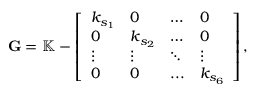
\mathbf { G } = \mathbb { K } - \left[ \begin{array} { l l l l } { k _ { s _ { 1 } } } & { 0 } & { \hdots } & { 0 } \\ { 0 } & { k _ { s _ { 2 } } } & { \hdots } & { 0 } \\ { \vdots } & { \vdots } & { \ddots } & { \vdots } \\ { 0 } & { 0 } & { . . . } & { k _ { s _ { 6 } } } \end{array} \right] ,